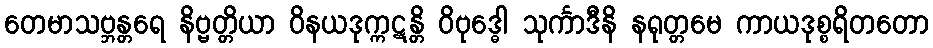
တေမာသဗ္ဘန္တရေ နိဗ္ဗတ္တိယာ ဝိနယဒုက္ကဋန္တိ ဝိဗုဒ္ဓေါ သုင်္ကာဒီနိ နရုတ္တမေ ကာယဒုစ္စရိတတော